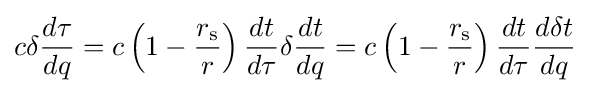
c\delta {\frac {d\tau }{dq}}=c\left(1-{\frac {r_{\text{s}}}{r}}\right){\frac {dt}{d\tau }}\delta {\frac {dt}{dq}}=c\left(1-{\frac {r_{\text{s}}}{r}}\right){\frac {dt}{d\tau }}{\frac {d\delta t}{dq}}